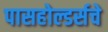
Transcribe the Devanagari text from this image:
पासहोल्डर्सचे